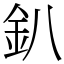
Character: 釟